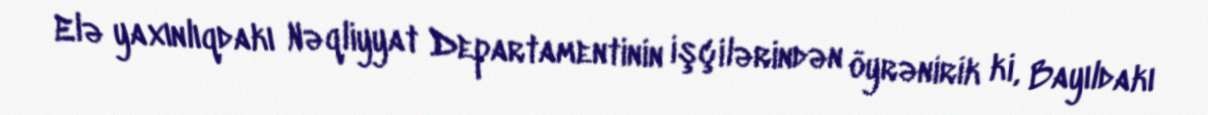
Elə yaxınlıqdakı Nəqliyyat Departamentinin işçilərindən öyrənirik ki, Bayıldakı